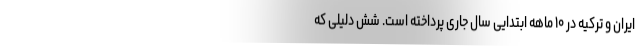
ایران و ترکیه در ۱۰ ماهه ابتدایی سال جاری پرداخته است. شش دلیلی که